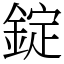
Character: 錠